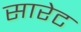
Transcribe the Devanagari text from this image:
सारेट